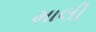
માલી